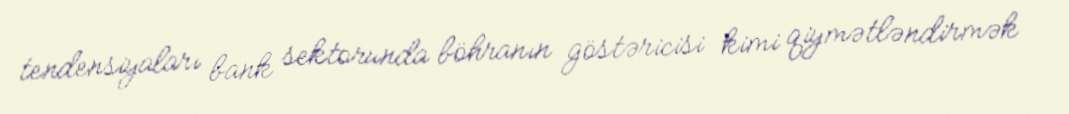
tendensiyaları bank sektorunda böhranın göstəricisi kimi qiymətləndirmək